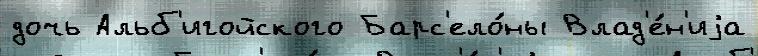
дочь Альб'игойского Барс'ело́ны Влад'е́н'иjа